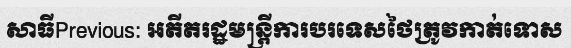
សាធីPrevious: អតីតរដ្ឋមន្ត្រីការបរទេសថៃត្រូវកាត់ទោស